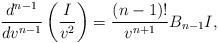
\begin{align*} \frac{d^{n-1}}{dv^{n-1}}\left(\frac{I}{v^2}\right)=\frac{(n-1)!}{v^{n+1}}B_{n-1}I,\end{align*}